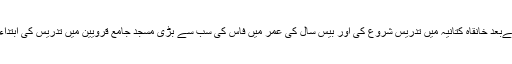
18 سال کی عمر میں تحصیل علم کے بعد مشائخ اور بڑے علماء کے امتحان اور جانچ پرکھ کےبعد خانقاہ کتانیہ میں تدریس شروع کی اور بیس سال کی عمر میں فاس کی سب سے بڑی مسجد جامع قرویین میں تدریس کی ابتداء کی جہاں اپنے والد صاحب کی نگرانی میں تقریباً سب ہی علوم وفنون کی متعددکتابیں پڑھائیں۔